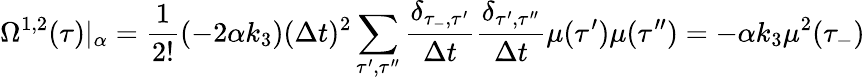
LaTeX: \Omega^{1,2}(\tau)|_{\alpha}=\frac{1}{2!}(-2\alpha k_{3})(\Delta t)^{2}\sum_{\tau^{\prime},\tau^{\prime\prime}}\frac{\delta_{\tau_{-},\tau^{\prime}}}{\Delta t}\frac{\delta_{\tau^{\prime},\tau^{\prime\prime}}}{\Delta t}\mu(\tau^{\prime})\mu(\tau^{\prime\prime})=-\alpha k_{3}\mu^{2}(\tau_{-})